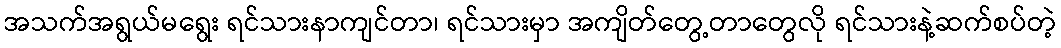
အသက်အရွယ်မရွေး ရင်သားနာကျင်တာ၊ ရင်သားမှာ အကျိတ်တွေ့တာတွေလို ရင်သားနဲ့ဆက်စပ်တဲ့